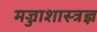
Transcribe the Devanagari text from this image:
मज्जाशास्त्रज्ञ